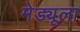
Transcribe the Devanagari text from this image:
मेड्यूला